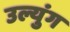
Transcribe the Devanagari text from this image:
उल्युंग